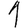
Digit: 1